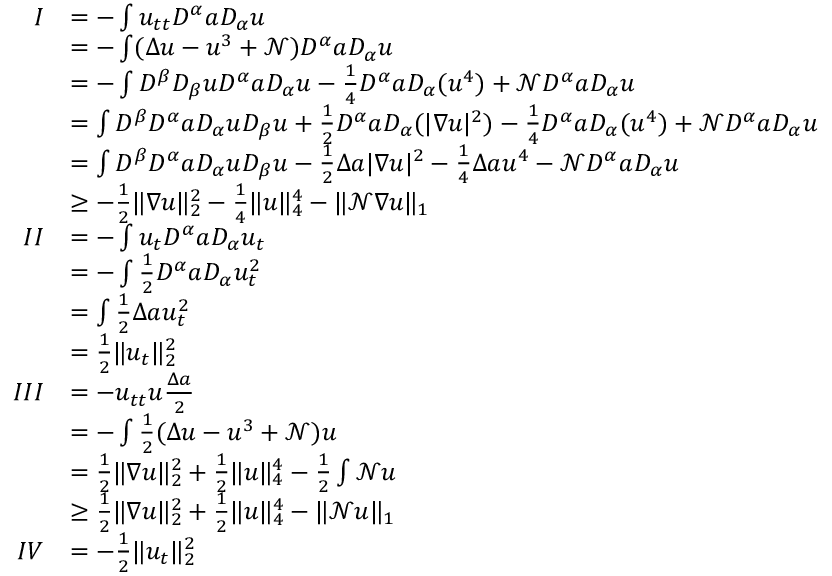
\begin{array} { r l } { I } & { = - \int u _ { t t } D ^ { \alpha } a D _ { \alpha } u } \\ & { = - \int ( \Delta u - u ^ { 3 } + \mathcal { N } ) D ^ { \alpha } a D _ { \alpha } u } \\ & { = - \int D ^ { \beta } D _ { \beta } u D ^ { \alpha } a D _ { \alpha } u - \frac { 1 } { 4 } D ^ { \alpha } a D _ { \alpha } ( u ^ { 4 } ) + \mathcal { N } D ^ { \alpha } a D _ { \alpha } u } \\ & { = \int D ^ { \beta } D ^ { \alpha } a D _ { \alpha } u D _ { \beta } u + \frac { 1 } { 2 } D ^ { \alpha } a D _ { \alpha } ( | \nabla u | ^ { 2 } ) - \frac { 1 } { 4 } D ^ { \alpha } a D _ { \alpha } ( u ^ { 4 } ) + \mathcal { N } D ^ { \alpha } a D _ { \alpha } u } \\ & { = \int D ^ { \beta } D ^ { \alpha } a D _ { \alpha } u D _ { \beta } u - \frac { 1 } { 2 } \Delta a | \nabla u | ^ { 2 } - \frac { 1 } { 4 } \Delta a u ^ { 4 } - \mathcal { N } D ^ { \alpha } a D _ { \alpha } u } \\ & { \geq - \frac { 1 } { 2 } \| \nabla u \| _ { 2 } ^ { 2 } - \frac { 1 } { 4 } \| u \| _ { 4 } ^ { 4 } - \| \mathcal { N } \nabla u \| _ { 1 } } \\ { I I } & { = - \int u _ { t } D ^ { \alpha } a D _ { \alpha } u _ { t } } \\ & { = - \int \frac { 1 } { 2 } D ^ { \alpha } a D _ { \alpha } u _ { t } ^ { 2 } } \\ & { = \int \frac { 1 } { 2 } \Delta a u _ { t } ^ { 2 } } \\ & { = \frac { 1 } { 2 } \| u _ { t } \| _ { 2 } ^ { 2 } } \\ { I I I } & { = - u _ { t t } u \frac { \Delta a } { 2 } } \\ & { = - \int \frac { 1 } { 2 } ( \Delta u - u ^ { 3 } + \mathcal { N } ) u } \\ & { = \frac { 1 } { 2 } \| \nabla u \| _ { 2 } ^ { 2 } + \frac { 1 } { 2 } \| u \| _ { 4 } ^ { 4 } - \frac { 1 } { 2 } \int \mathcal { N } u } \\ & { \geq \frac { 1 } { 2 } \| \nabla u \| _ { 2 } ^ { 2 } + \frac { 1 } { 2 } \| u \| _ { 4 } ^ { 4 } - \| \mathcal { N } u \| _ { 1 } } \\ { I V } & { = - \frac { 1 } { 2 } \| u _ { t } \| _ { 2 } ^ { 2 } } \end{array}